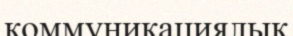
коммуникациялық